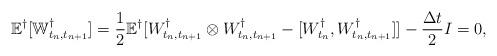
LaTeX: \begin{align*}\mathbb{E}^\dagger [\mathbb{W}_{t_n,t_{n+1}}^\dagger] = \frac{1}{2} \mathbb{E}^\dagger [W^\dagger_{t_n,t_{n+1}} \otimes W^\dagger_{t_n,t_{n+1}} - [W^\dagger_{t_n},W^\dagger_{t_n,t_{n+1}}] ] - \frac{\Delta t}{2}I = 0 ,\end{align*}